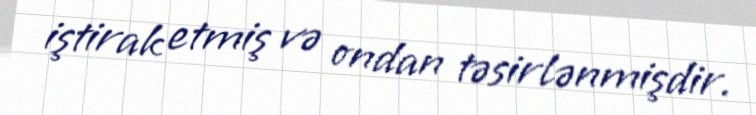
iştirak etmiş və ondan təsirlənmişdir.